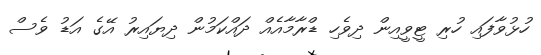
ހުޅުވާފައި ހުރި ޓީވީއިން ދިވެހި ޑްރާމާއެއް ދައްކަމުން ދިޔައިރު އޭގެ އަޑު ވެސް